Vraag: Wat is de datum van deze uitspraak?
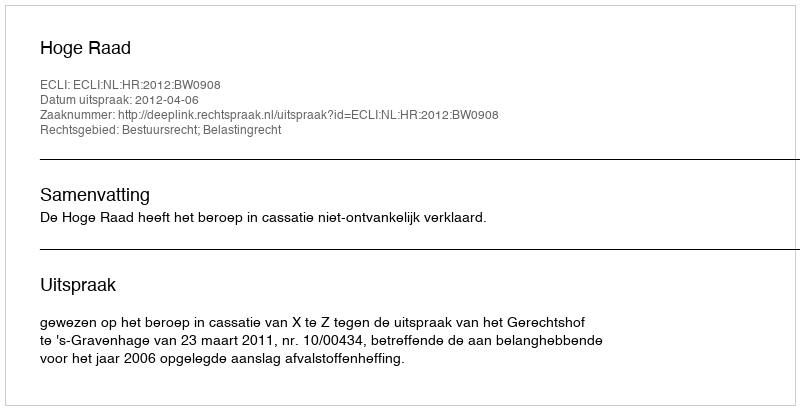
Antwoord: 2012-04-06